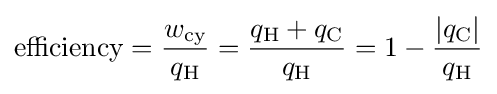
{\text{efficiency}}={\frac {w_{\text{cy}}}{q_{\text{H}}}}={\frac {q_{\text{H}}+q_{\text{C}}}{q_{\text{H}}}}=1-{\frac {|q_{\text{C}}|}{q_{\text{H}}}}